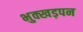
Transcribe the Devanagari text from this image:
भुक्खड़पन